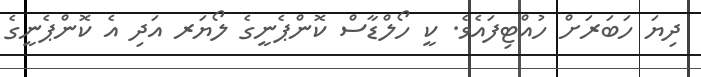
ދިޔަ ހަބަރަށް ހުއްޓިފައެވެ. ކީ ހޯލްޑާސް ކޮންޕެނީގެ ލޯޔަރ އަދި އެ ކޮންޕެނީގެ